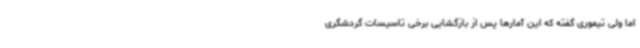
اما ولی تیموری گفته که این آمارها پس از بازگشایی برخی تاسیسات گردشگری